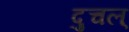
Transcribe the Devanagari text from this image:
दुचल्